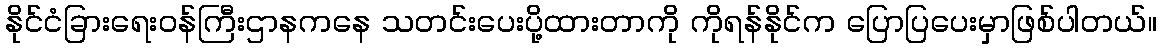
နိုင်ငံခြားရေးဝန်ကြီးဌာနကနေ သတင်းပေးပို့ထားတာကို ကိုရန်နိုင်က ပြောပြပေးမှာဖြစ်ပါတယ်။